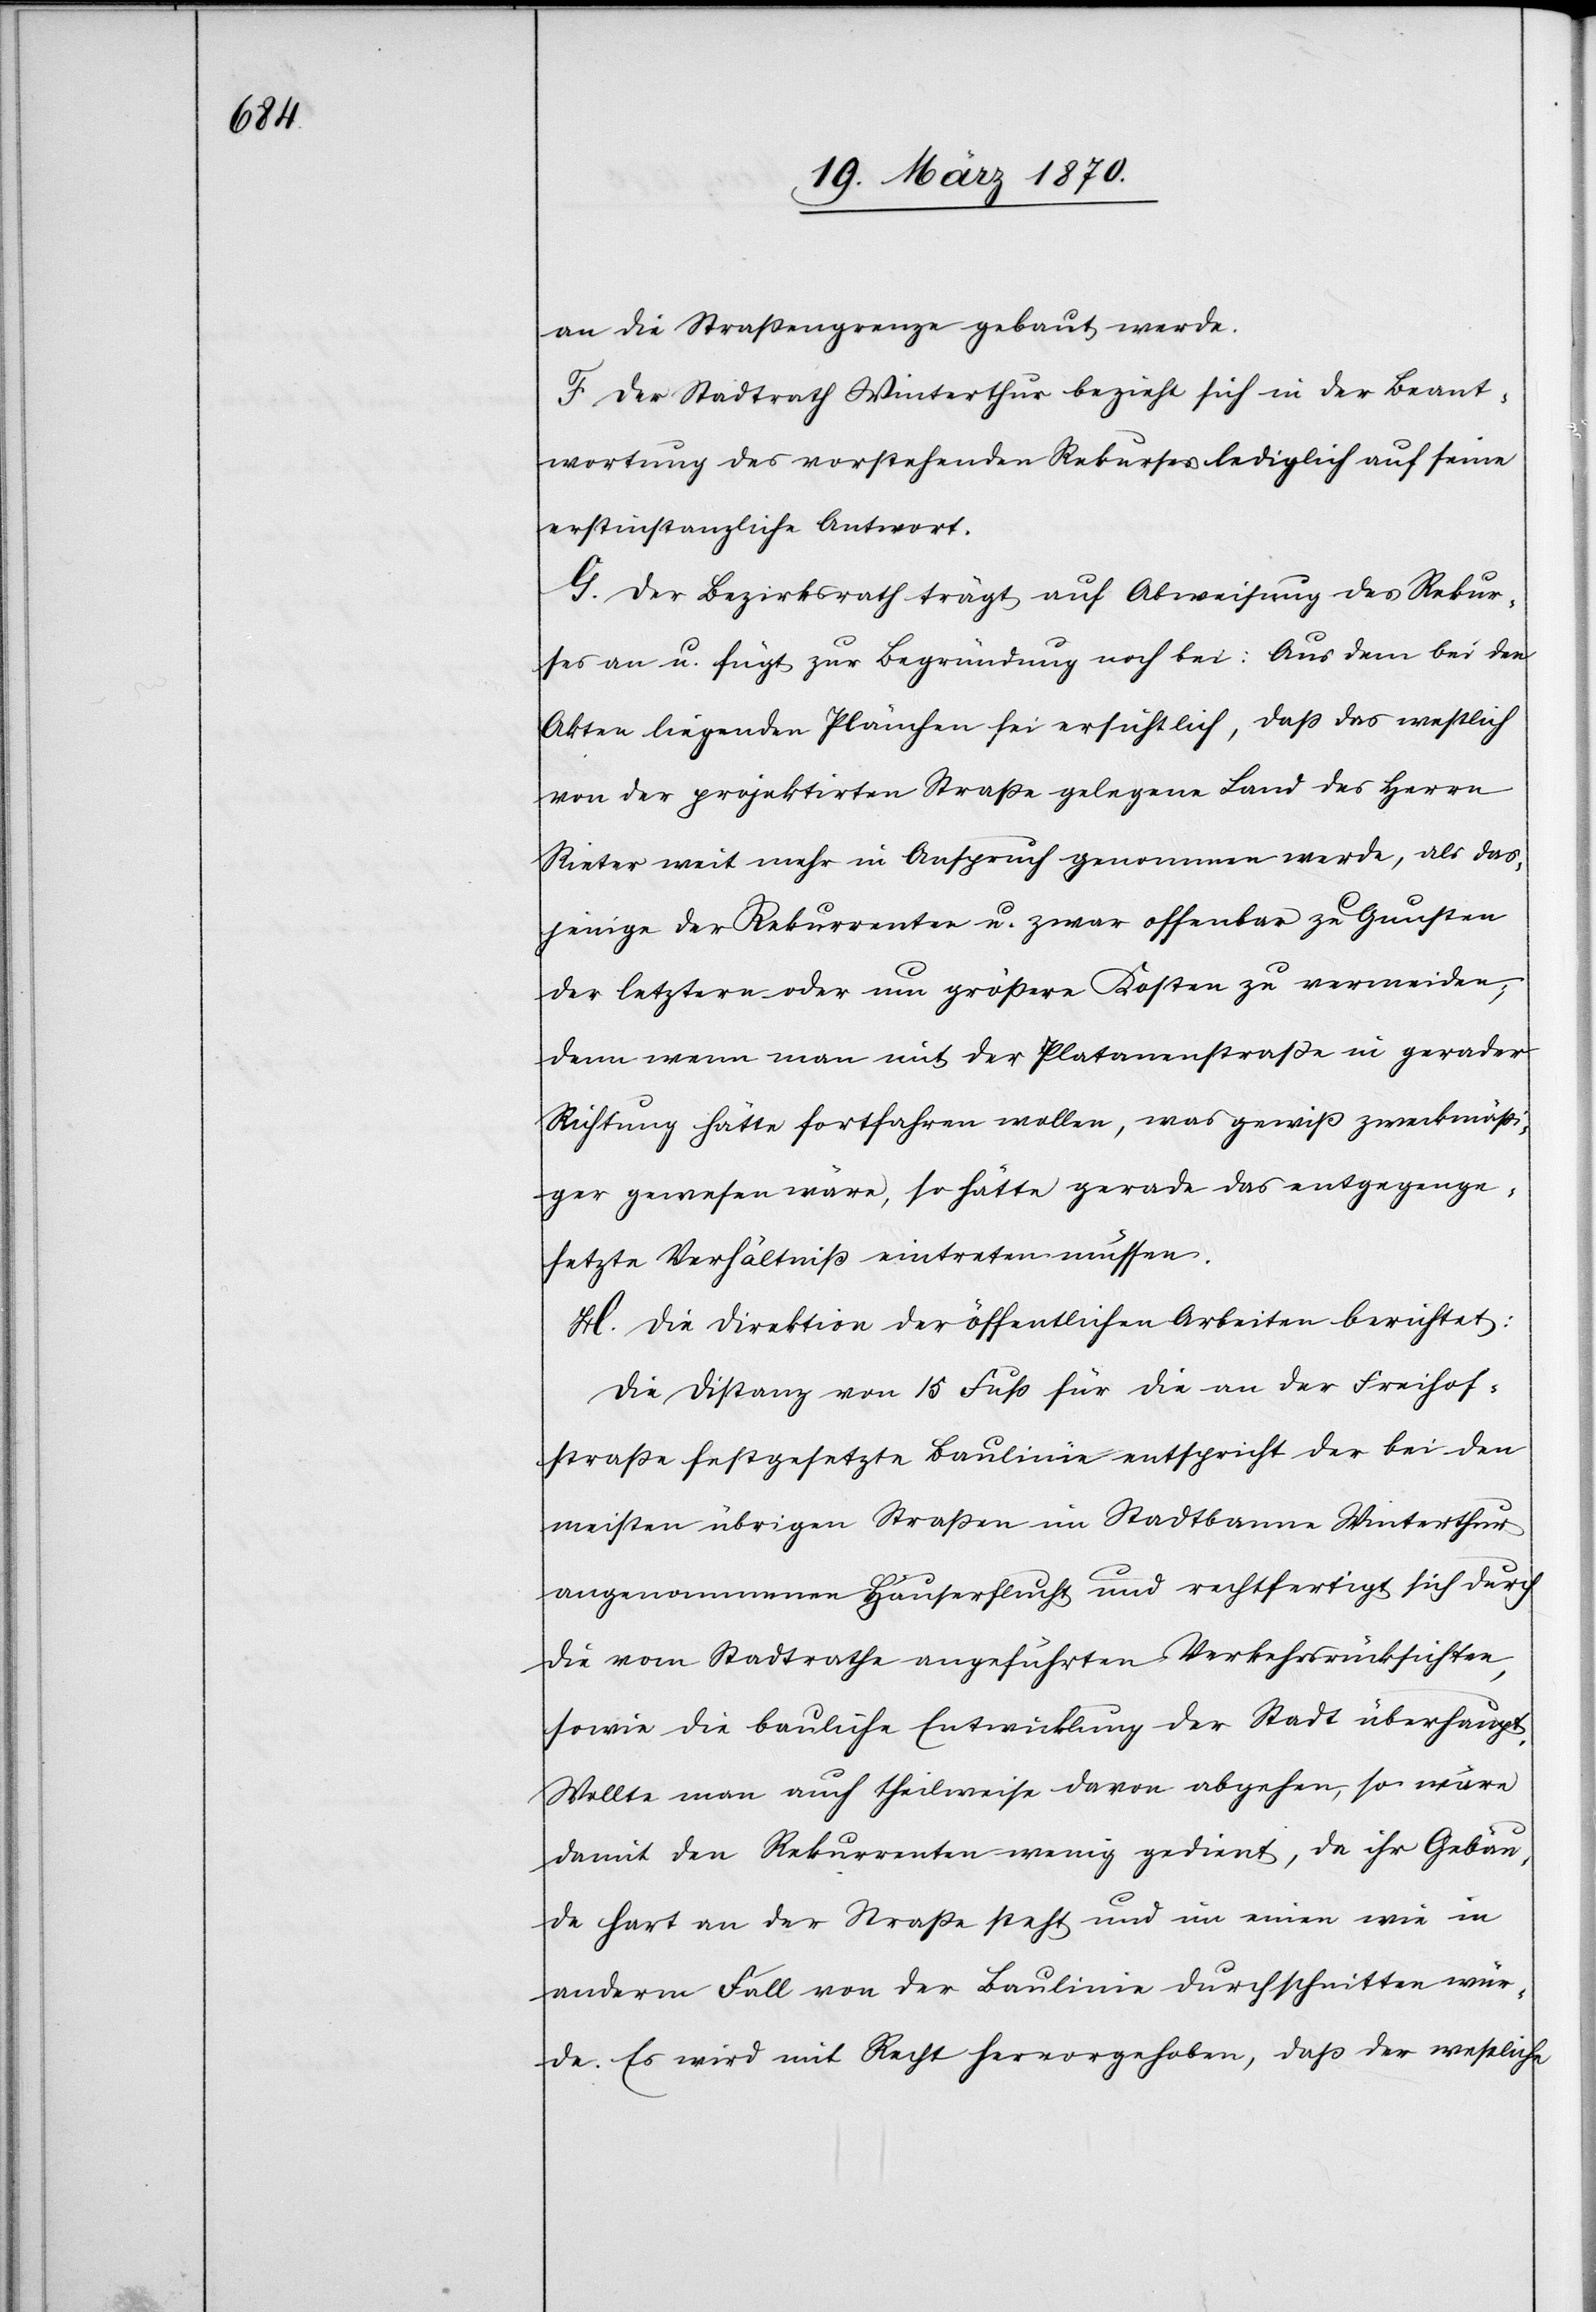
an die Straßengrenze gebaut werde.
F. Der Stadtrath Winterthur bezieht sich in der Beant¬
wortung des vorstehenden Rekurses lediglich auf seine
erstinstanzliche Antwort.
G. Der Bezirksrath trägt auf Abweisung des Rekur¬
ses an u. fügt zur Begründung noch bei: Aus dem bei den
Akten liegenden Plänchen sei ersichtlich, daß das westlich
von der projektirten Straße gelegene Land des Herrn
Rieter weit mehr in Anspruch genommen werde, als das¬
jenige der Rekurrenten u. zwar offenbar zu Gunsten
der letztern oder um größere Kosten zu vermeiden;
denn wenn man mit den Platanenstraße in gerader
Richtung hätte fortfahren wollen, was gewiß zweckmäß¬
iger gewesen wäre, so hätte gerade das entgegenge¬
setzte Verhältniß eintreten müssen.
H. Die Direktion der öffentlichen Arbeiten berichtet:
Die Distanz von 15 Fuß für die an der Freihof¬
straße festgesetzte Baulinie entspricht der bei dem
meisten übrigen Straßen im Stadtbanne Winterthur
angenommene Häuserflucht und rechtfertigt sich durch
die vom Stadtrathe angeführten Verkehrsrücksichten,
sowie die bauliche Entwicklung der Stadt überhaupt.
Wollte man auch theilweise davon abgehen, so wäre
damit den Rekurrenten wenig gedient, da ihr Gebäu¬
de hart an der Straße steht und im einen wie in
anderm Fall von der Baulinie durchschnitten wür¬
de. Es wird mit Recht hervorgehoben, daß der westliche